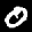
Label: 0